Indian journal of veterinary science and animal husbandry - Volume 9,
Year: 1939
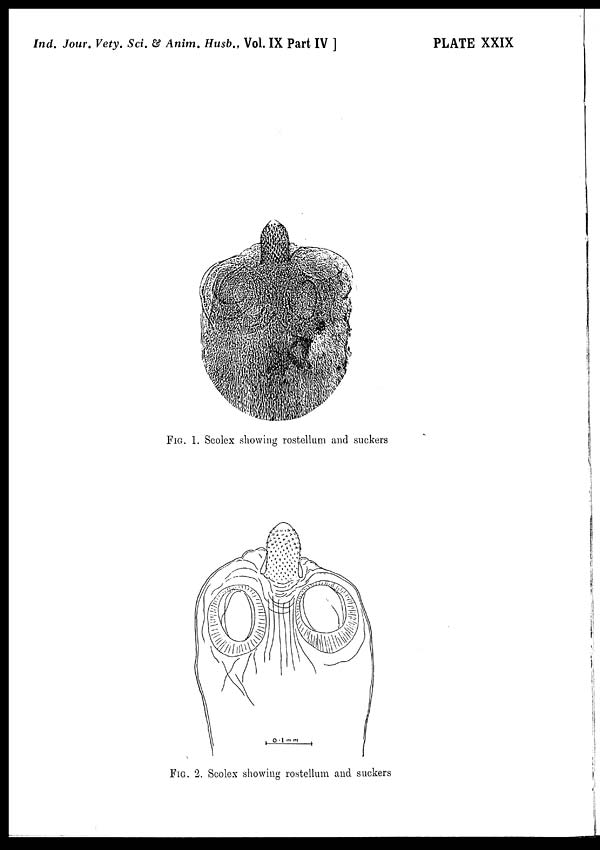
Ind. Jour. Vety. Sci. & Anim. Husb., Vol. IX Part IV ]
PLATE XXIX
FIG. 1. Scolex showing rostellum and suckers
FIG. 2. Scolex showing rostellum and suckers